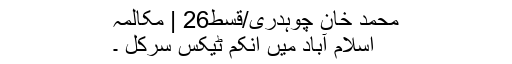
محمد خان چوہدری/قسط26 | مکالمہ
اسلام آباد میں اِنکم ٹیکس سرکل ۔